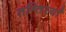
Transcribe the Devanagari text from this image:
तश्र्तिरयाँ